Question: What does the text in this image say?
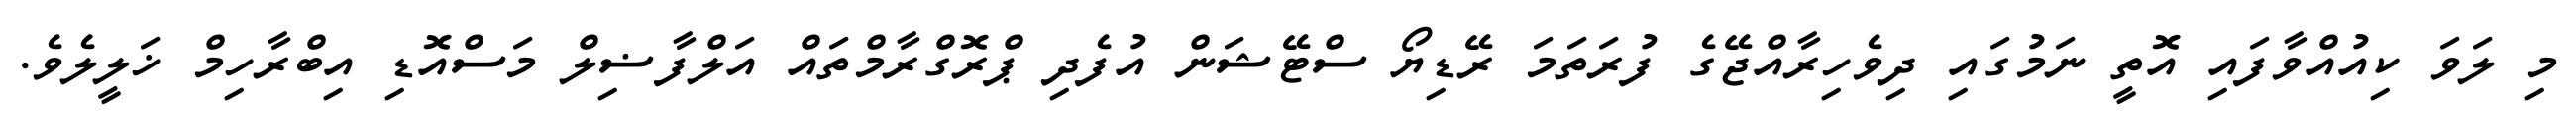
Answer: މި ލަވަ ކިއުއްވާފައި އޮތީ ނަމުގައި ދިވެހިރާއްޖޭގެ ފުރަތަމަ ރޭޑިޔޯ ސްޓޭޝަން އުފެދި ޕްރޮގްރާމްތައް އަލްފާޟިލް މަސްއޮޑި އިބްރާހިމް ޚަލީލެވެ.